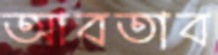
আবতাব